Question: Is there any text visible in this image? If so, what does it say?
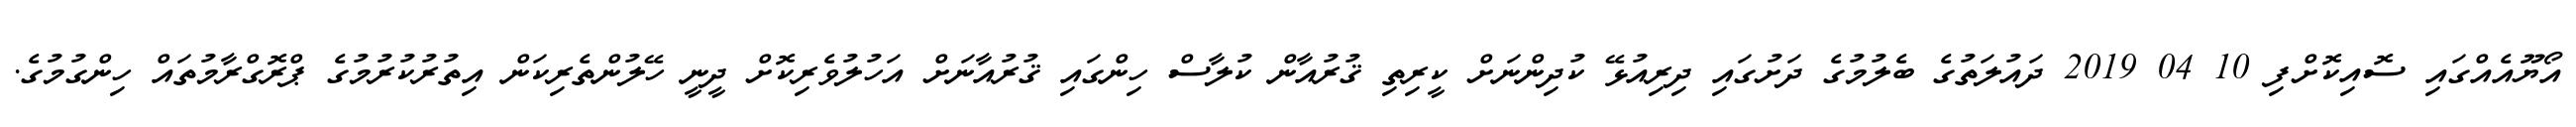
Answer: އޯޔޫއެއްގައި ސޮއިކޮށްފި 10 04 2019 ދައުލަތުގެ ބެލުމުގެ ދަށުގައި ދިރިއުޅޭ ކުދިންނަށް ކީރިތި ޤުރުއާން ކުލާސް ހިންގައި ޤުރުއާނަށް އަހުލުވެރިކޮށް ދީނީ ހޭލުންތެރިކަން އިތުރުކުރުމުގެ ޕްރޮގްރާމުތައް ހިންގުމުގެ.